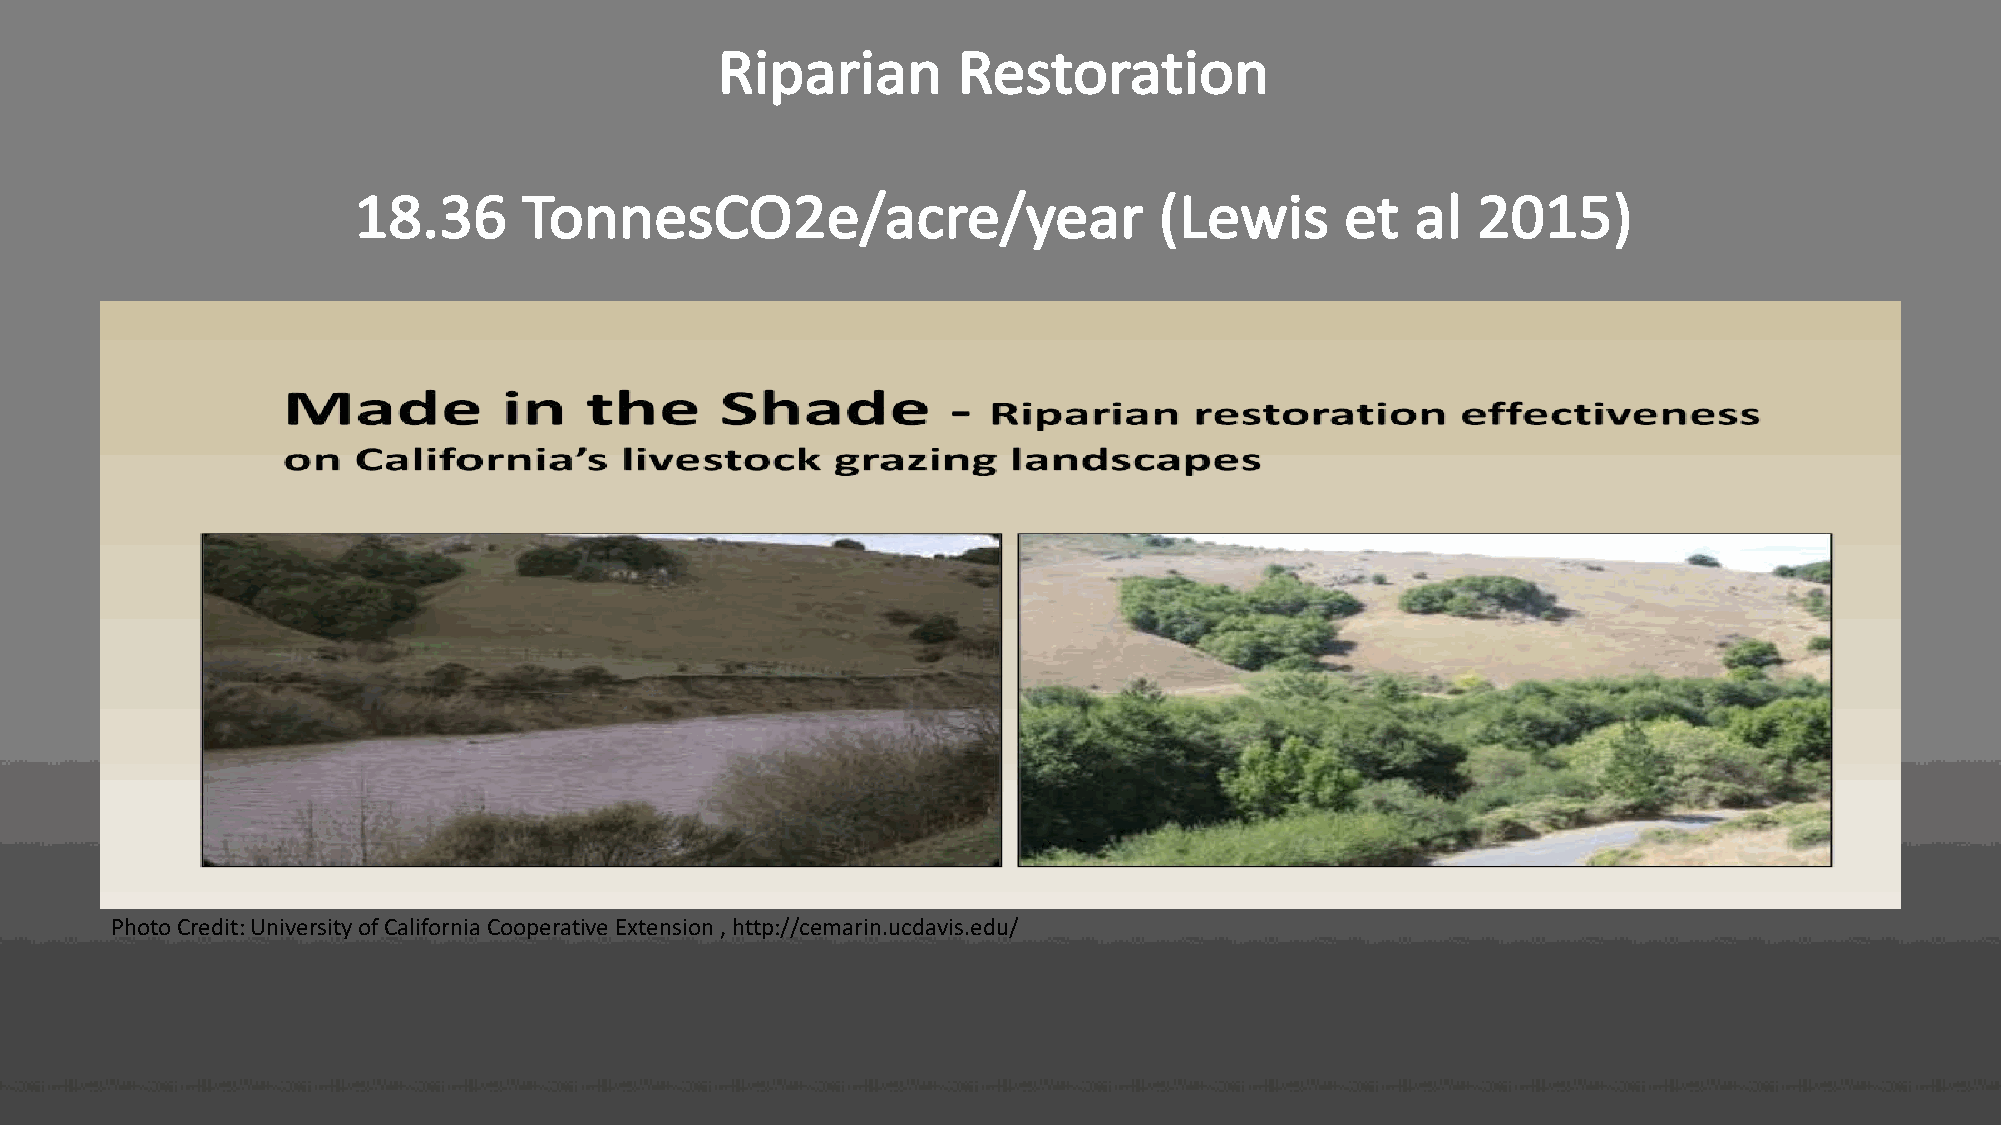
Riparian       Restoration
 18.36       TonnesCO2e/acre/year                      (Lewis      et   al  2015)
 Photo Credit: University of California Cooperative Extension , http://cemarin.ucdavis.edu/